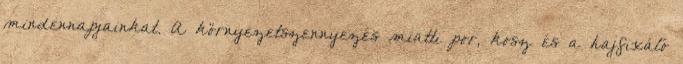
mindennapjainkat. A környezetszennyezés miatti por, kosz és a hajfixáló